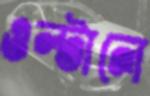
ওল্‌টালে